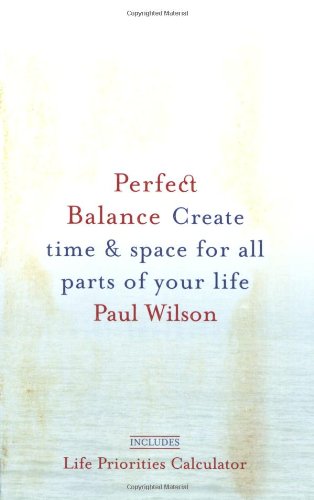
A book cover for Perfect Balance: Create Time and Space for All Parts of Your Life; Paul Wilson; Business & Money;